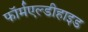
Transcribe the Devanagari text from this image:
फॉर्मएल्डीहाइड